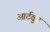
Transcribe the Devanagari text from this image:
आर्टवुड